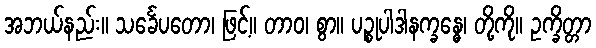
အဘယ်နည်း။ သင်္ခေပတော၊ ဖြင့်။ တာဝ၊ စွာ။ ပဉ္စုပါဒါနက္ခန္ဓေ၊ တို့ကို။ ဥက္ခိတ္တာ